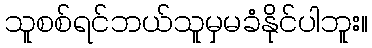
သူစစ်ရင်ဘယ်သူမှမခံနိုင်ပါဘူး။